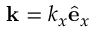
{ \bf k } = k _ { x } \hat { \bf e } _ { x }